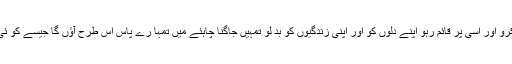
پس یاد رکھو جو کچھ تم نے سنا اور حاصل کیا اس کو یکجا کرو اور اسی پر قائم رہو اپنے دلوں کو اور اپنی زندگیوں کو بد لو تمہیں جاگنا چاہئے میں تمہا رے پاس اس طرح آؤں گا جیسے کو ئی چور آجائے اور تمہیں معلوم بھی نہ ہوگا کہ میں کب آؤں گا۔